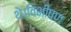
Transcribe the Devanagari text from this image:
थे।विभीषण